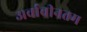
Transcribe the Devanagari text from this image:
अर्वाचीनतम